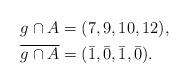
LaTeX: \begin{align*}g \cap A & = (7,9,10,12),\\\overline{g \cap A} & = (\bar{1}, \bar{0}, \bar{1}, \bar{0}). \end{align*}